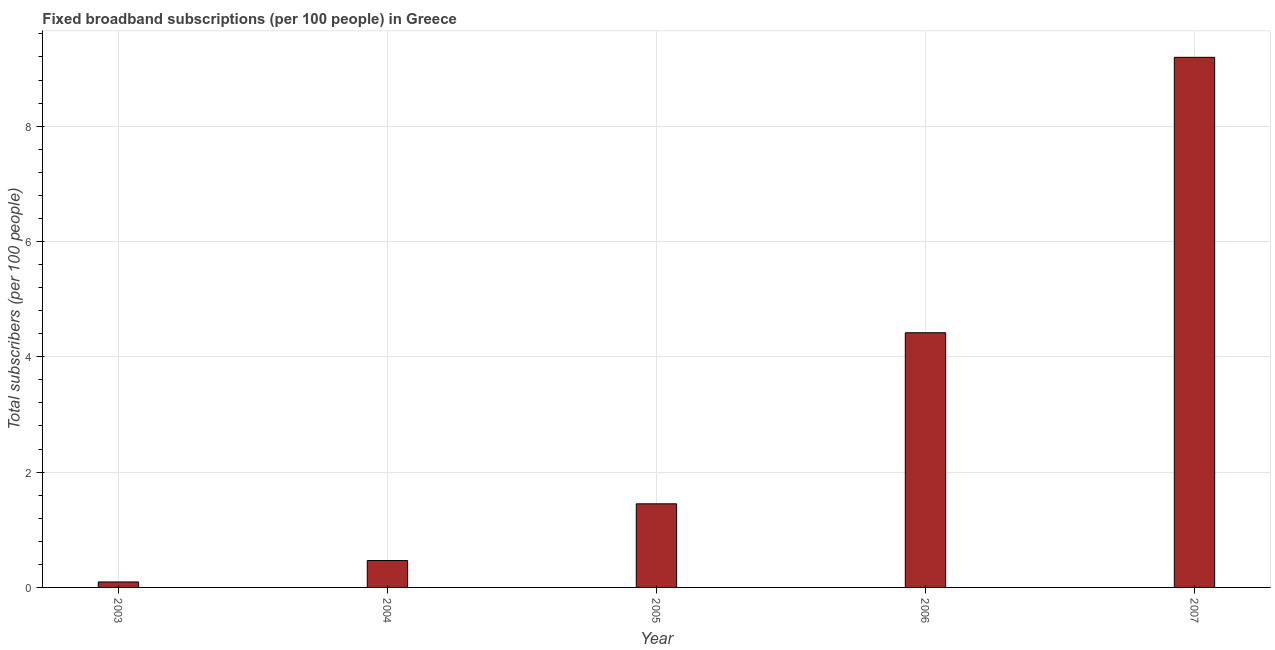
| Year | Fixed broadband subscriptions (per 100 people) |
 | --- | --- |
 | 2003 | 0.095 |
 | 2004 | 0.466 |
 | 2005 | 1.45 |
 | 2006 | 4.42 |
 | 2007 | 9.19 |